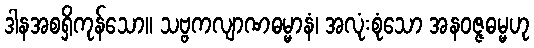
ဒါနအစရှိကုန်သော။ သဗ္ဗကလျာဏဓမ္မာနံ၊ အလုံးစုံသော အနဝဇ္ဇဓမ္မဟု